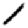
Digit: 1